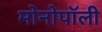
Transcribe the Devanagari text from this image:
मोनोपॉली